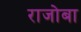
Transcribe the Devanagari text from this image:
राजोबा